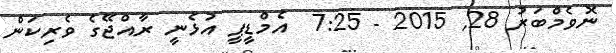
ނޮވެމްބަރު 28